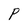
Character: P